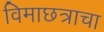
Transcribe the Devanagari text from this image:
विमाछत्राचा